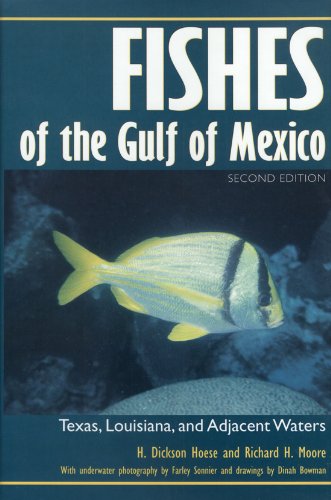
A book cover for Fishes of the Gulf of Mexico: Texas, Louisiana, and Adjacent Waters, Second Edition (W. L. Moody Jr. Natural History Series); H. Dickson Hoese; Sports & Outdoors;